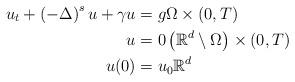
LaTeX: \begin{align*}u_{t}+\left( -\Delta\right) ^{s}u +\gamma u & =g\Omega\times(0,T)\\u & =0\left( \mathbb{R}^{d}\setminus\Omega\right)\times(0,T)\\u(0) & =u_{0}\mathbb{R}^{d}\end{align*}